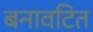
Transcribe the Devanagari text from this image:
बनावटित